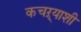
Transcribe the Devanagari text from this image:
कचऱ्याशी